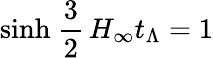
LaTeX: \mathrm{sinh}\ \frac{3}{2}\, H_{\infty}t_{\Lambda}=1